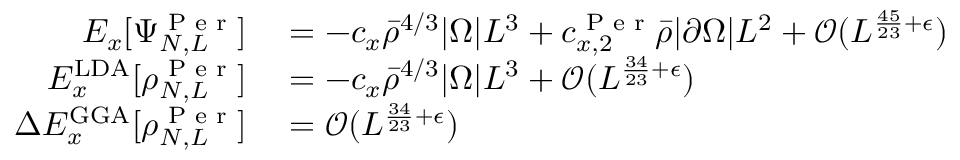
\begin{array} { r l } { E _ { x } [ \Psi _ { N , L } ^ { \textnormal { P e r } } ] } & { { } = - c _ { x } \bar { \rho } ^ { 4 / 3 } | \Omega | L ^ { 3 } + c _ { x , 2 } ^ { \textnormal { P e r } } \bar { \rho } | \partial \Omega | L ^ { 2 } + \mathcal { O } ( L ^ { \frac { 4 5 } { 2 3 } + \epsilon } ) } \\ { E _ { x } ^ { \mathrm { L D A } } [ \rho _ { N , L } ^ { \textnormal { P e r } } ] } & { { } = - c _ { x } \bar { \rho } ^ { 4 / 3 } | \Omega | L ^ { 3 } + \mathcal { O } ( L ^ { \frac { 3 4 } { 2 3 } + \epsilon } ) } \\ { \Delta E _ { x } ^ { \mathrm { G G A } } [ \rho _ { N , L } ^ { \textnormal { P e r } } ] } & { { } = \mathcal { O } ( L ^ { \frac { 3 4 } { 2 3 } + \epsilon } ) } \end{array}